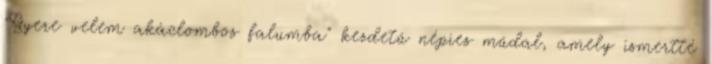
"Gyere velem akáclombos falumba" kezdetű népies műdal, amely ismertté